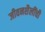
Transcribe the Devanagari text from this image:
जीवनशैलींची